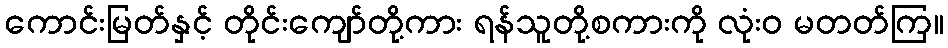
ကောင်းမြတ်နှင့် တိုင်းကျော်တို့ကား ရန်သူတို့စကားကို လုံးဝ မတတ်ကြ။